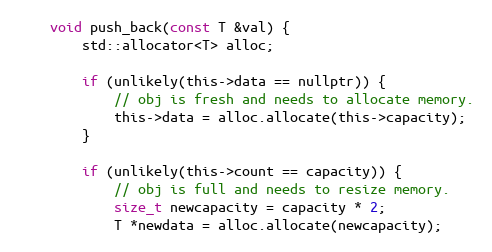
Language: C
	void push_back(const T &val) {
		std::allocator<T> alloc;

		if (unlikely(this->data == nullptr)) {
			// obj is fresh and needs to allocate memory.
			this->data = alloc.allocate(this->capacity);
		}

		if (unlikely(this->count == capacity)) {
			// obj is full and needs to resize memory.
			size_t newcapacity = capacity * 2;
			T *newdata = alloc.allocate(newcapacity);